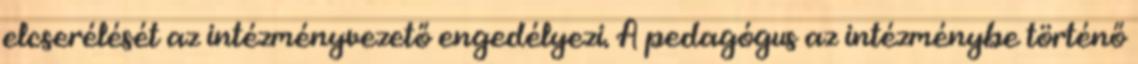
elcserélését az intézményvezető engedélyezi. A pedagógus az intézménybe történő